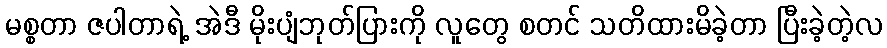
မစ္စတာ ဇပါတာရဲ့ အဲဒီ မိုးပျံဘုတ်ပြားကို လူတွေ စတင် သတိထားမိခဲ့တာ ပြီးခဲ့တဲ့လ